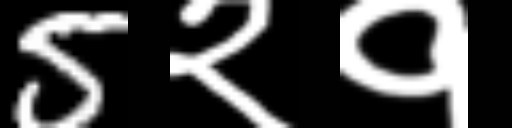
Text: 5२१